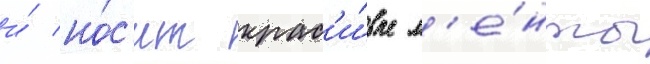
и́ но́с'ит крас'и́вые л'е́нты